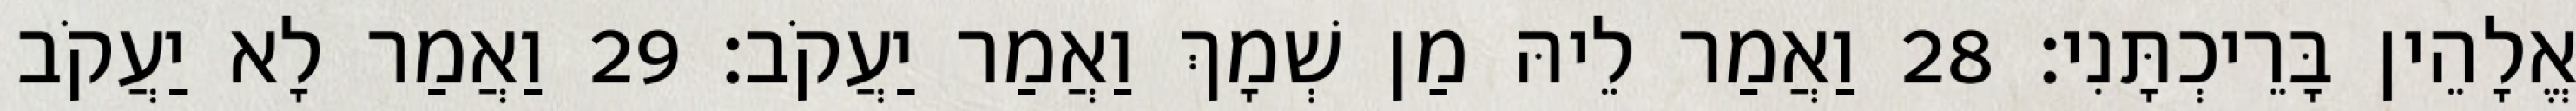
אֱלָהֵין בָּרֵיכְתָּנִי׃ 28 וַאֲמַר לֵיהּ מַן שְׁמָךְ וַאֲמַר יַעֲקֹב׃ 29 וַאֲמַר לָא יַעֲקֹב